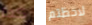
كما لاحظتم